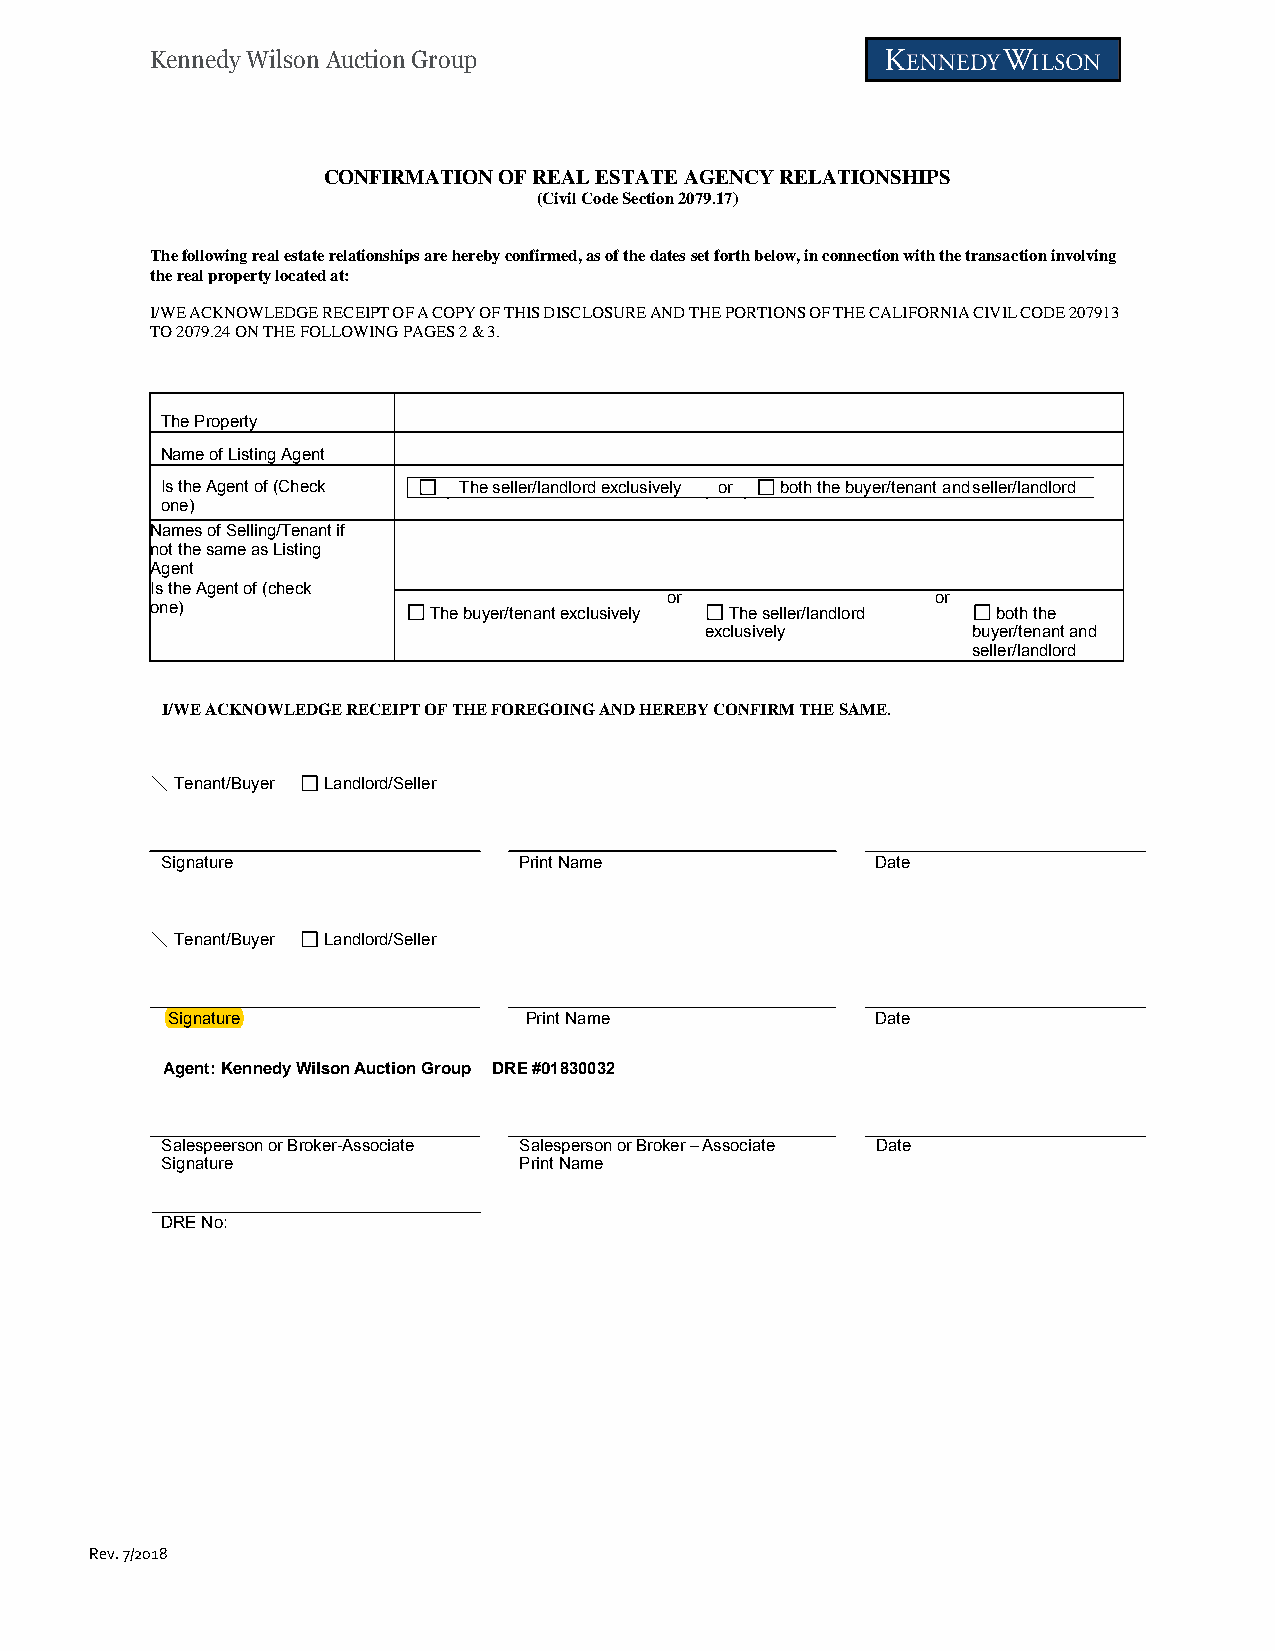
Kennedy Wilson Auction Group
 CONFIRMATION OF REAL ESTATE AGENCY RELATIONSHIPS
 (Civil Code Section 2079.17)
 The following real estate relationships are hereby confirmed, as of the dates set forth below, in connection with the transaction involving
 the real property located at:
 I/WE ACKNOWLEDGE RECEIPT OF A COPY OF THIS DISCLOSURE AND THE PORTIONS OF THE CALIFORNIA CIVIL CODE 207913
 TO 2079.24 ON THE FOLLOWING PAGES 2 & 3.
 The Property
 Name of Listing Agent
 Is the Agent of (Check The seller/landlord exclusively or both the buyer/tenant and seller/landlord
 one)
 Names of Selling/Tenant if
 not the same as Listing
 Agent
 Is the Agent of (check
 or                or
 one)              The buyer/tenant exclusively The seller/landlord both the
 exclusively      buyer/tenant and
 seller/landlord
 I/WE ACKNOWLEDGE RECEIPT OF THE FOREGOING AND HEREBY CONFIRM THE SAME.
 Tenant/Buyer Landlord/Seller
 Signature              Print Name              Date
 Tenant/Buyer Landlord/Seller
 Signature               Print Name             Date
 Agent: Kennedy Wilson Auction Group DRE #01830032
 Salespeerson or Broker-Associate Salesperson or Broker – Associate Date
 Signature              Print Name
 DRE No:
 Rev. 7/2018